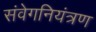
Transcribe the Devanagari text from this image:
संवेगनियंत्रण